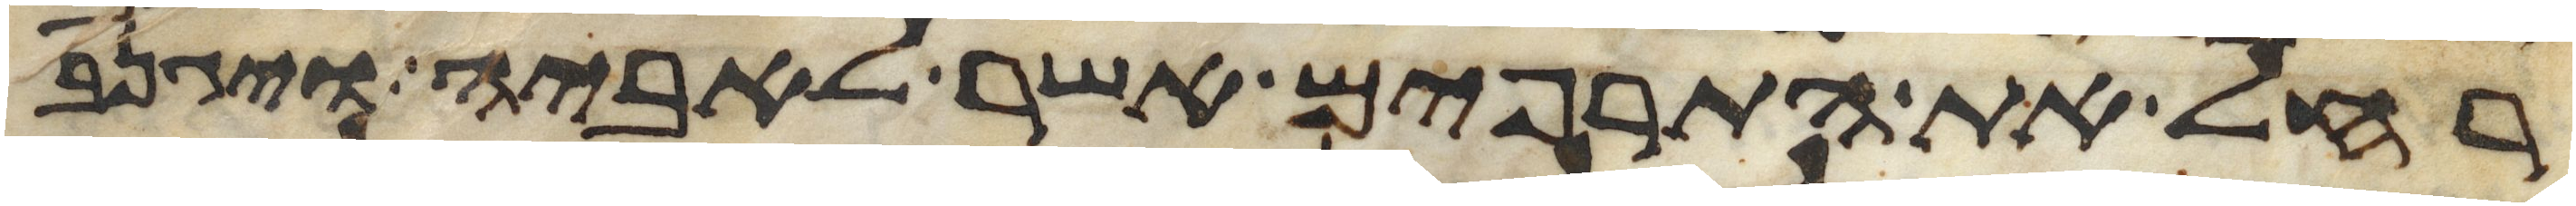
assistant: רחל את התרפים אשר לאביה ויגנב